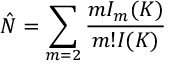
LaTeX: \hat { N } = \sum _ { m = 2 } \frac { m { \cal I } _ { m } ( K ) } { m ! { \cal I } ( K ) }